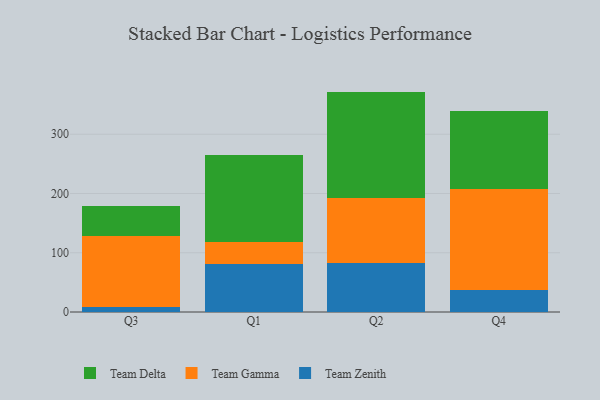
{"axis": {"x": "Quarter", "y": "Temperature (°C)"}, "legend": ["Team Delta", "Team Gamma", "Team Zenith"], "data": [{"x": "Q3", "y": 8.1, "type": "Team Zenith"}, {"x": "Q3", "y": 120.6, "type": "Team Gamma"}, {"x": "Q3", "y": 50.6, "type": "Team Delta"}, {"x": "Q1", "y": 80.6, "type": "Team Zenith"}, {"x": "Q1", "y": 37.7, "type": "Team Gamma"}, {"x": "Q1", "y": 146.1, "type": "Team Delta"}, {"x": "Q2", "y": 82.5, "type": "Team Zenith"}, {"x": "Q2", "y": 110.1, "type": "Team Gamma"}, {"x": "Q2", "y": 179.4, "type": "Team Delta"}, {"x": "Q4", "y": 37.3, "type": "Team Zenith"}, {"x": "Q4", "y": 170.4, "type": "Team Gamma"}, {"x": "Q4", "y": 132.1, "type": "Team Delta"}]}